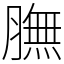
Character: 膴